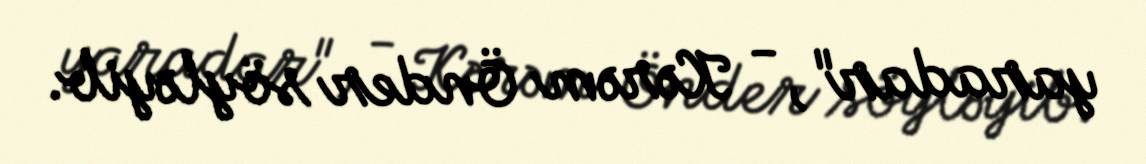
yaradar", - Kərəm Önder söyləyib.